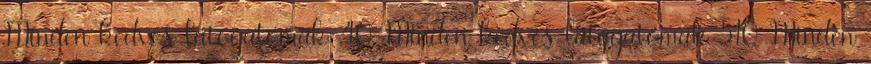
Minden kedves látogatómak 40 Minden kedves látogatómak 510 Minden